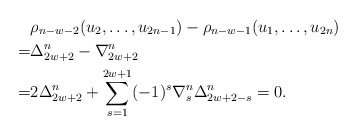
\begin{align*} &\rho_{n-w-2}(u_2,\ldots,u_{2n-1})-\rho_{n-w-1}(u_1,\ldots,u_{2n})\\ =&\Delta^n_{2w+2}-\nabla^n_{2w+2}\\ =&2\Delta^n_{2w+2}+\sum_{s=1}^{2w+1}(-1)^{s}\nabla^n_{s}\Delta^n_{2w+2-s}=0. \end{align*}